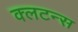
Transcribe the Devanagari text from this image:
क्लटन्स